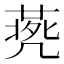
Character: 𠙨